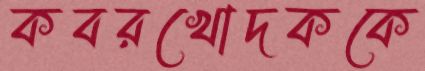
কবরখোদককে